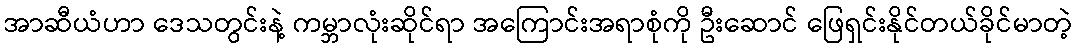
အာဆီယံဟာ ဒေသတွင်းနဲ့ ကမ္ဘာလုံးဆိုင်ရာ အကြောင်းအရာစုံကို ဦးဆောင် ဖြေရှင်းနိုင်တယ်ခိုင်မာတဲ့